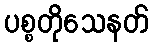
ပစ္စတိုသေနတ်